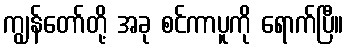
ကျွန်တော်တို့ အခု စင်ကာပူကို ရောက်ပြီ။